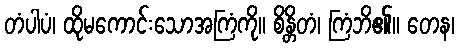
တံပါပံ၊ ထိုမကောင်းသောအကြံကို။ စိန္တိတံ၊ ကြံဘိ၏။ တေန၊